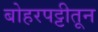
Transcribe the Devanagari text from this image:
बोहरपट्टीतून